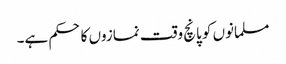
مسلمانوں کو پانچ وقت نمازوں کا حکم ہے۔